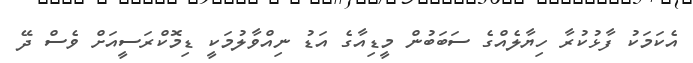
އެކަމަކު ފާޅުކުރާ ހިޔާލެއްގެ ސަބަބުން މީޑިއާގެ އަޑު ނިއްވާލުމަކީ ޑިމޮކްރަސީއަށް ވެސް ދޭ